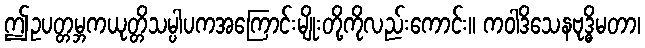
ဤဥပတ္တမ္ဘကယုတ္တိသမ္ပါပကအကြောင်းမျိုးတို့ကိုလည်းကောင်း။ ကဝါဒိသေနဗုဒ္ဓိမတာ၊